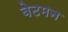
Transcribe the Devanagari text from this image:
बेटमन